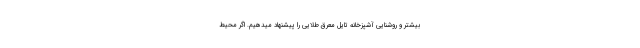
بیشتر و روشنایی آشپزخانه تایل معرق طلایی را پیشنهاد میدهیم. اگر محیط